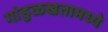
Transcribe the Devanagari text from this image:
गांडुळखतामध्ये